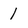
Character: 1